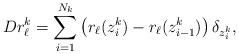
LaTeX: \begin{align*}D r_{\ell}^{k} = \sum_{i=1}^{N_{k}} \left( r_{\ell} (z_{i}^{k}) -r_{\ell}( z_{i-1}^{k}) \right) \delta_{z_{i}^{k}},\end{align*}